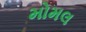
મોમલ